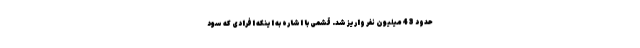
حدود 43 میلیون نفر واریز شد. قشمی با اشاره به اینکه افرادی که سود